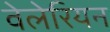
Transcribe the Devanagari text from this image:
वेलेरियन